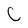
Character: C